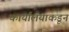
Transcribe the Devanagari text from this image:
कार्यालयाकडून